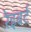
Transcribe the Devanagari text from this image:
रेइबर्ट